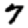
Digit: 7